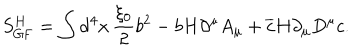
S _ { \mathrm { G F } } ^ { H } = \int \mathrm { d } ^ { 4 } x \, \frac { \xi _ { 0 } } { 2 } b ^ { 2 } - b H \partial ^ { \mu } A _ { \mu } + \overline { { c } } H \partial _ { \mu } D ^ { \mu } c .